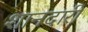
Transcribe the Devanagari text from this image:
शानदारी